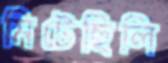
মিটেছিলি